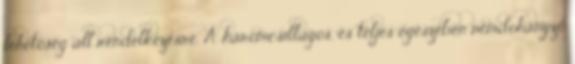
lehetőség áll rendelkezésre. A háromcsillagos, és teljes egészében nemdohányzó